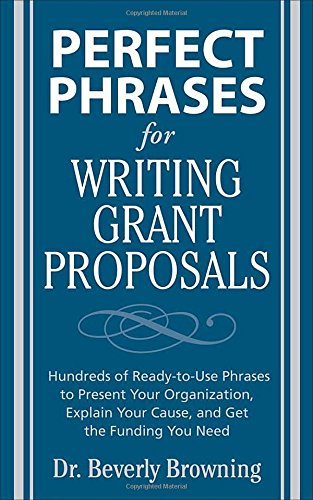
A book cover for Perfect Phrases for Writing Grant Proposals (Perfect Phrases Series); Beverly Browning; Business & Money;